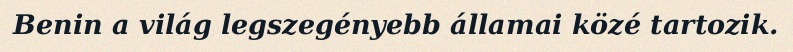
Benin a világ legszegényebb államai közé tartozik.